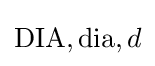
{\text{DIA}},{\text{dia}},d